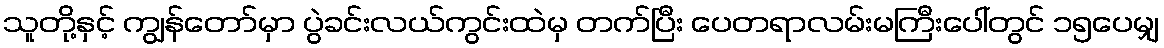
သူတို့နှင့် ကျွန်တော်မှာ ပွဲခင်းလယ်ကွင်းထဲမှ တက်ပြီး ပေတရာလမ်းမကြီးပေါ်တွင် ၁၅ပေမျှ